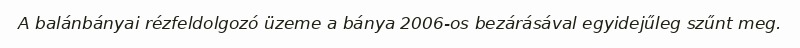
A balánbányai rézfeldolgozó üzeme a bánya 2006-os bezárásával egyidejűleg szűnt meg.